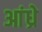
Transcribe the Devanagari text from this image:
आंध्रे